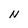
Character: N